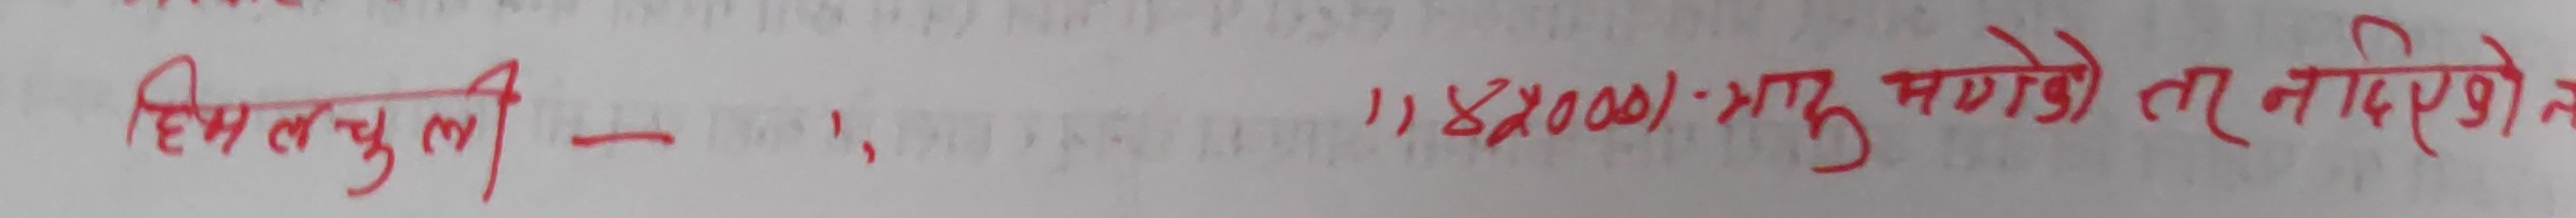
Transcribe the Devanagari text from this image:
हिल्न चुली – १, १,४००/- भाग्न लागेको तर नदिएको